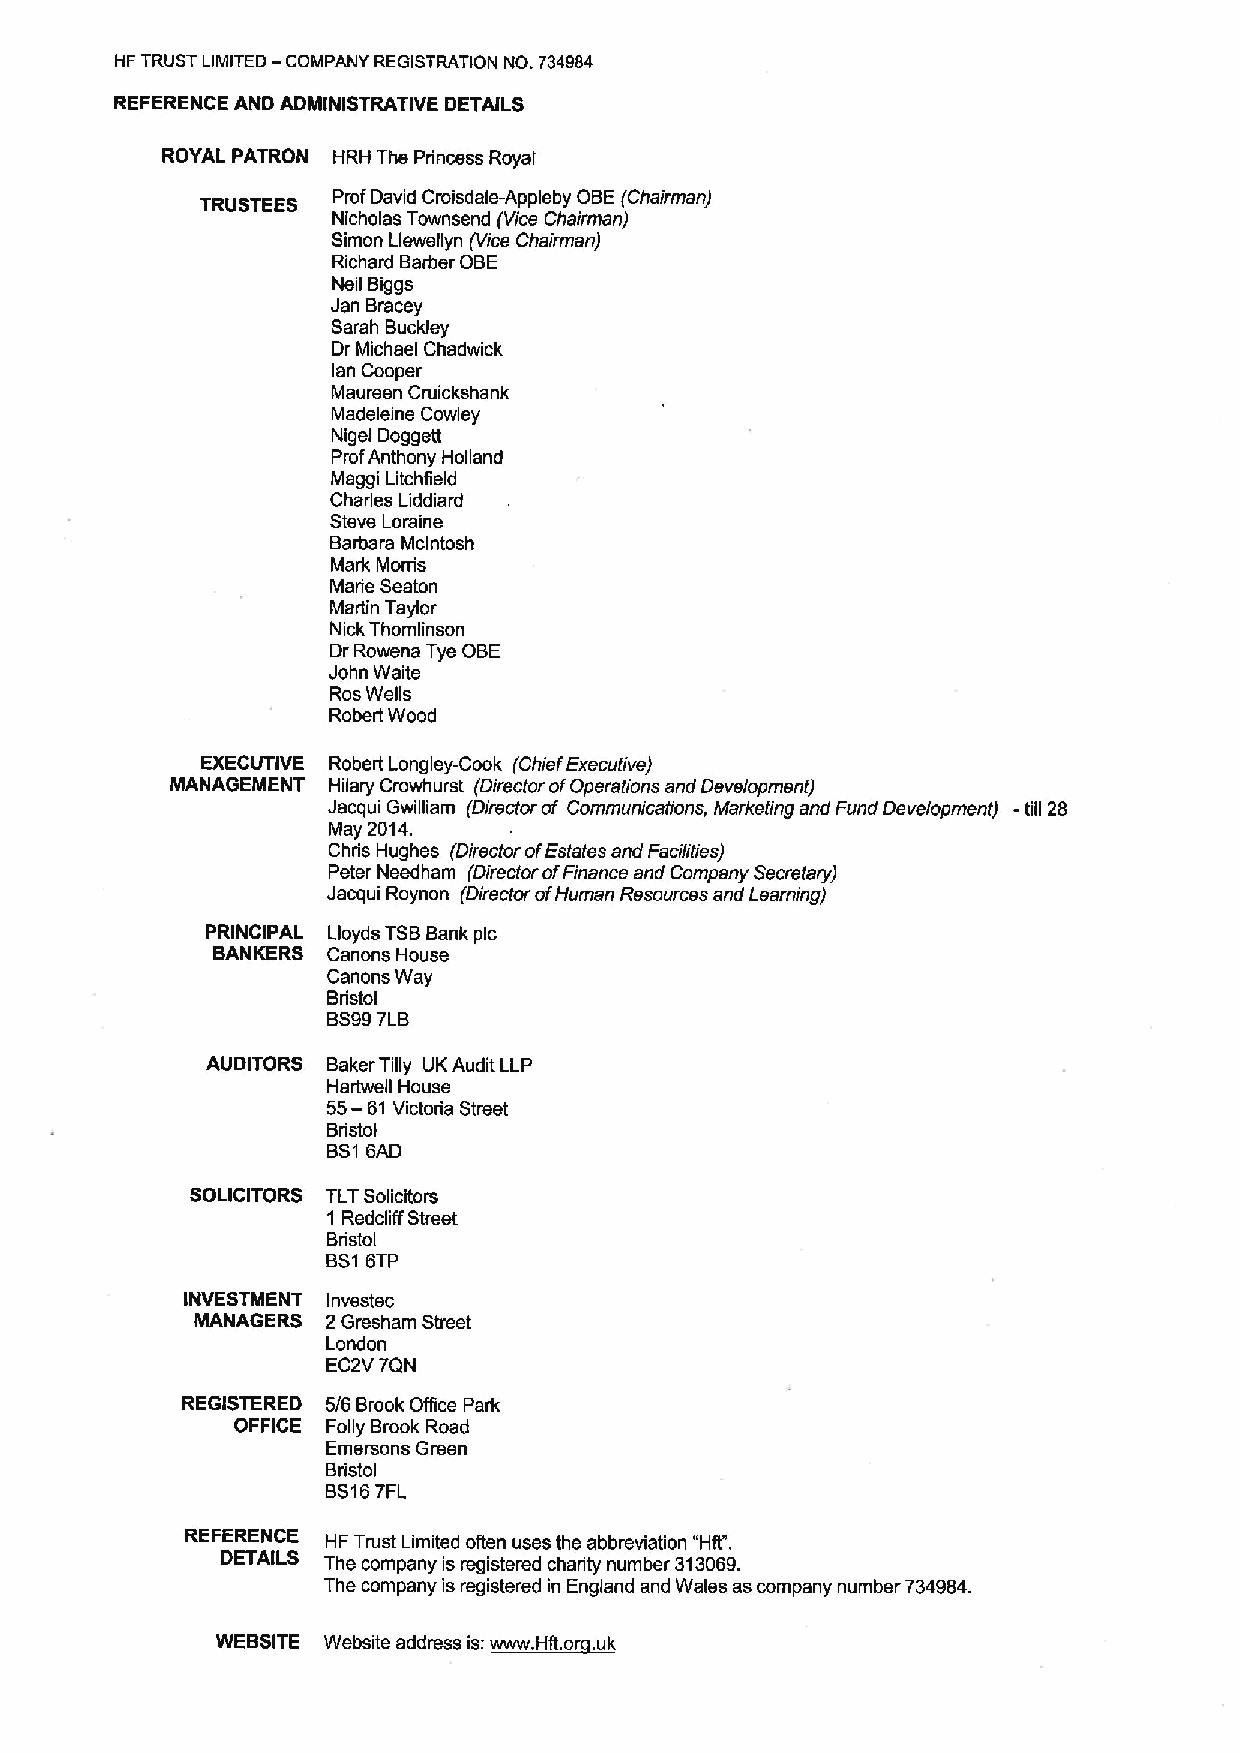
HF TRUST LIMITED — COMPANY REGISTRATION NO. 734984
 REFERENCE AND ADMINISTRATIVE DETAILS
 ROYAL PATRON I-IRH The Princess Royal
 TRUSTEES Prof David Croisdale-Appleby OBE(Chairman)
 Nicholas Townsend (Vice Chairman)
 Simon Llewellyn (Vice Chairman)
 Richard Barber OBE
 Neil Biggs
 Jan Bracey
 Sarah Buckley
 Dr Michael Chadwick
 lan Cooper
 Maureen Cruickshank
 Madeleine Cowley
 Nigel Doggett
 ProfAnthony Holland
 Maggi Litchfield
 Charies Liddiard
 Steve Loraine
 Barbara Mclntosh
 Mark Morris
 Marie Seaton
 Marlin Taylor
 Nick Thomlin son
 Dr Rowena Tye OBE
 John Waite
 RosWells
 RobertWood
 EXECUTIVE Robert Longley-Cook (Chief Executive)
 MANAGEMENT Hilary Crowhurst (Director ofOperations and Development)
 Jacqui Gwilliam (Director of Communications, Marketing and Fund Development) -till 28
 May 2014.
 Chris Hughes (Director ofEstates and Facilities)
 Peter Needham (Director ofFinance and Company Secretary)
 Jacqui Roynon (Director ofHuman Resources and Learning)
 PRINCIPAL Lloyds TSBBank pic
 BANKERS Canons House
 Canons Way
 Bristol
 BS997LB
 AUDITORS Baker Tilly UK Audit LLP
 Hartwell House
 55-
 61 Victoria Street
 Bristol
 Bsl 6AD
 SOLICITORS TLTSolicitors
 1 Redcliff Street
 Bristol
 BS16TP
 INVESTMENT In vestee
 MANAGERS 2 Gresham Street
 London
 EC2VTON
 REGISTERED 5/6 Brook Office Park
 OFFICE Folly Brook Road
 Emersons Green
 Bristol
 BS16TFL
 REFERENCE HF Trust Limited often uses the abbreviation "Hff'.
 DETAILS The company is registered charity number 313069.
 The company is registered in England and Wales as company number 734984.
 i:~i~
 WEBSITE W i ii ds     iIiLi. .. ik